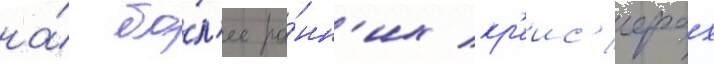
на́ бо́л'ее ра́нн'их кр'еис'ерах